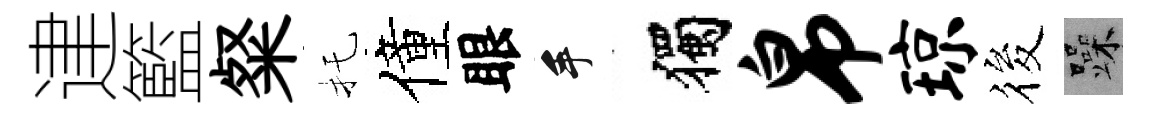
䢖籃粲托僮眼手獨帛琼筱躁